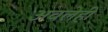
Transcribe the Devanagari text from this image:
अवलेही